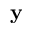
\mathbf { y }